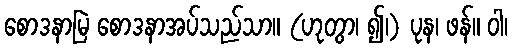
စောဒနာမြဲ စောဒနာအပ်သည်သာ။ (ဟုတွာ၊ ၍၊) ပုန၊ ဖန်။ ဝါ၊